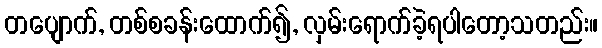
တပျောက်, တစ်စခန်းထောက်၍, လှမ်းရောက်ခဲ့ရပါတော့သတည်း။